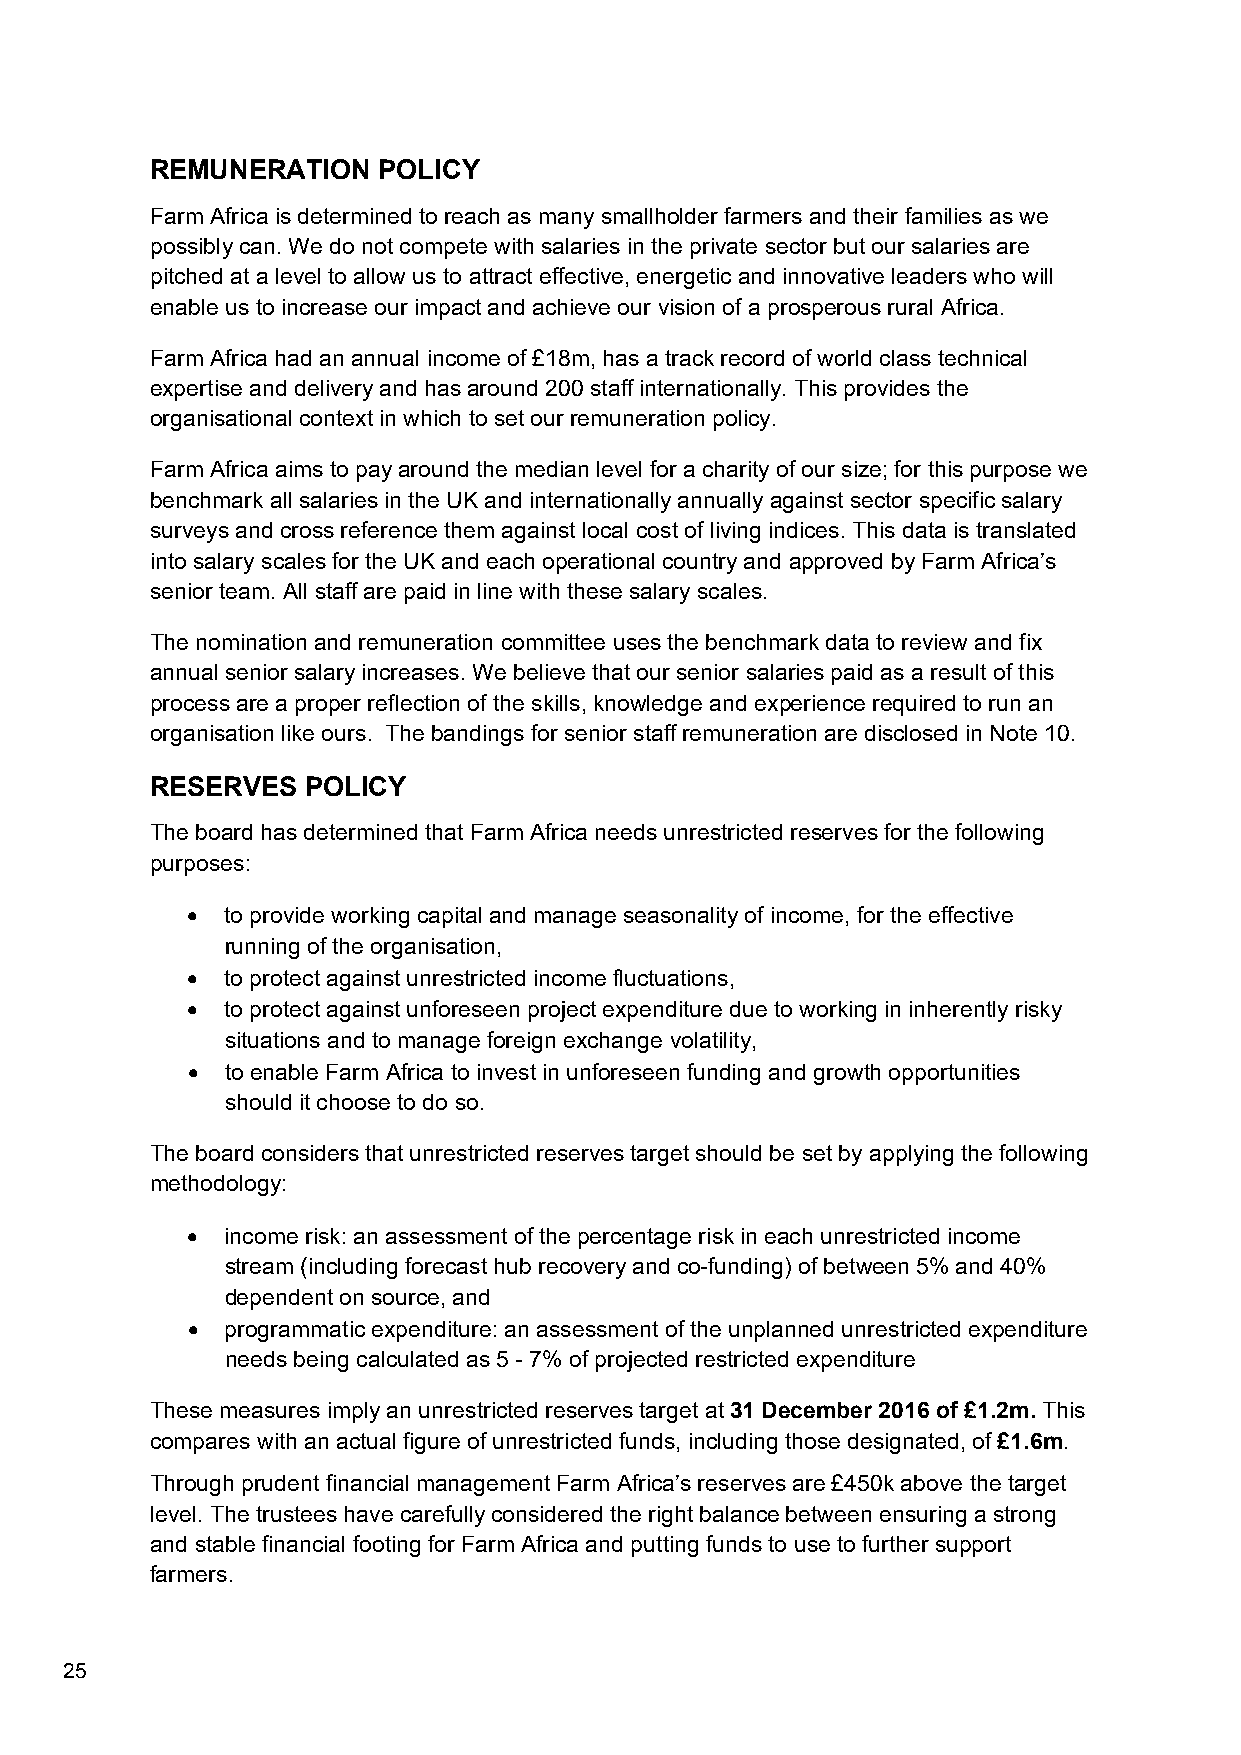
REMUNERATION   POLICY
 Farm Africa is determined to reach as many smallholder farmers and their families as we
 possibly can. We do not compete with salaries in the private sector but our salaries are
 pitched at a level to allow us to attract effective, energetic and innovative leaders who will
 enable us to increase our impact and achieve our vision of a prosperous rural Africa.
 Farm Africa had an annual income of £18m, has a track record of world class technical
 expertise and delivery and has around 200 staff internationally. This provides the
 organisational context in which to set our remuneration policy.
 Farm Africa aims to pay around the median level for a charity of our size; for this purpose we
 benchmark all salaries in the UK and internationally annually against sector specific salary
 surveys and cross reference them against local cost of living indices. This data is translated
 into salary scales for the UK and each operational country and approved by Farm Africa’s
 senior team. All staff are paid in line with these salary scales.
 The nomination and remuneration committee uses the benchmark data to review and fix
 annual senior salary increases. We believe that our senior salaries paid as a result of this
 process are a proper reflection of the skills, knowledge and experience required to run an
 organisation like ours. The bandings for senior staff remuneration are disclosed in Note 10.
 RESERVES  POLICY
 The board has determined that Farm Africa needs unrestricted reserves for the following
 purposes:
   to provide working capital and manage seasonality of income, for the effective
 running of the organisation,
   to protect against unrestricted income fluctuations,
   to protect against unforeseen project expenditure due to working in inherently risky
 situations and to manage foreign exchange volatility,
   to enable Farm Africa to invest in unforeseen funding and growth opportunities
 should it choose to do so.
 The board considers that unrestricted reserves target should be set by applying the following
 methodology:
   income risk: an assessment of the percentage risk in each unrestricted income
 stream (including forecast hub recovery and co-funding) of between 5% and 40%
 dependent on source, and
   programmatic expenditure: an assessment of the unplanned unrestricted expenditure
 needs being calculated as 5 - 7% of projected restricted expenditure
 These measures imply an unrestricted reserves target at 31 December 2016 of £1.2m. This
 compares with an actual figure of unrestricted funds, including those designated, of £1.6m.
 Through prudent financial management Farm Africa’s reserves are £450k above the target
 level. The trustees have carefully considered the right balance between ensuring a strong
 and stable financial footing for Farm Africa and putting funds to use to further support
 farmers.
 25